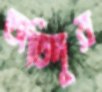
অতিদূর